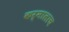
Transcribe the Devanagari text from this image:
कर्मालाच